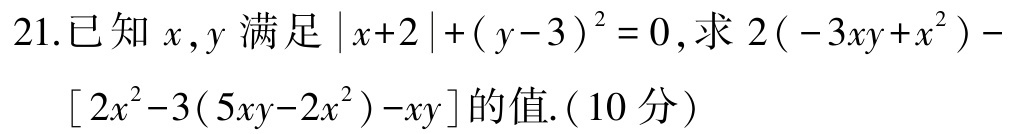
21.已知\(x,y\)满足\(\vert x + 2\vert+(y - 3)^{2}=0\)，求\(2(-3xy + x^{2})-[2x^{2}-3(5xy - 2x^{2})-xy]\)的值.（10分）